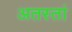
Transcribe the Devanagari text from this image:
अतस्तां